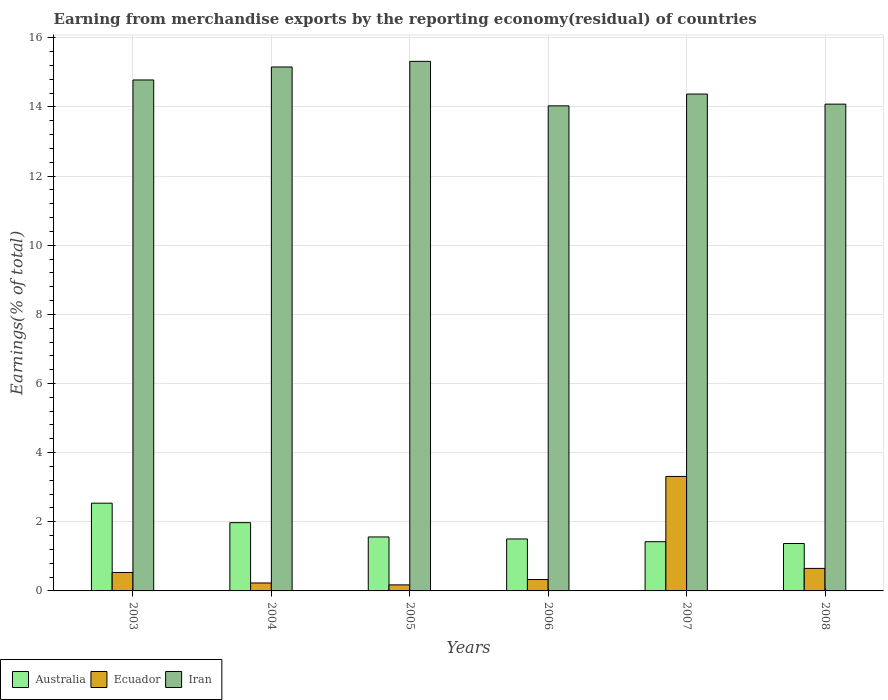
| Years | Australia | Ecuador | Iran |
 | --- | --- | --- | --- |
 | 2003 | 2.54 | 0.534 | 14.8 |
 | 2004 | 1.97 | 0.23 | 15.2 |
 | 2005 | 1.56 | 0.175 | 15.3 |
 | 2006 | 1.5 | 0.33 | 14 |
 | 2007 | 1.42 | 3.31 | 14.4 |
 | 2008 | 1.37 | 0.652 | 14.1 |